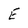
Character: E